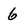
Character: 6